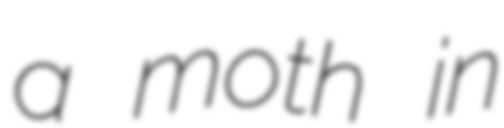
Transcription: a moth in